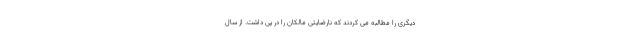
دیگری را مطالبه می کردند که نارضایتی مالکان را در پی داشت. از سال